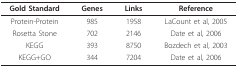
| Gold Standard | Genes | Links | Reference |
 | --- | --- | --- | --- |
 | Protein-Protein | 985 | 1958 | LaCount et al, 2005 |
 | Rosetta Stone | 702 | 2146 | Date et al, 2006 |
 | KEGG | 393 | 8750 | Bozdech et al, 2003 |
 | KEGG+GO | 344 | 7204 | Date et al, 2006 |